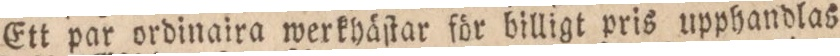
Ett par ordinaira werkhäſtar för billigt pris upphandlas